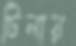
টিলায়